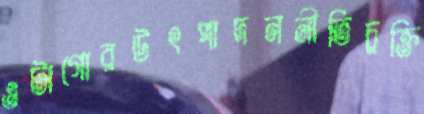
ওটাগোরউৎপাদননীতিচুক্তি